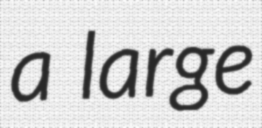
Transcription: a large